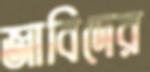
জাবিদের